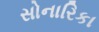
સોનારિકા